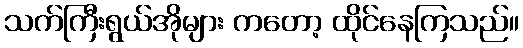
သက်ကြီးရွယ်အိုများ ကတော့ ထိုင်နေကြသည်။